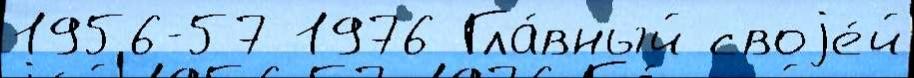
1956-57 1976 Гла́вный своjе́й